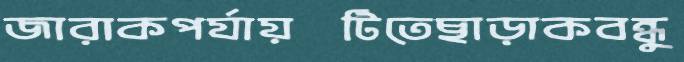
জারাকপর্যায়টিতেছাড়াকবন্ধু